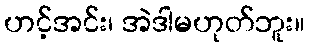
ဟင့်အင်း၊ အဲဒါမဟုတ်ဘူး။